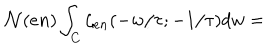
{ \cal N } ( e n ) \int _ { C } \zeta _ { e n } ( - w / \tau ; - 1 / \tau ) d w =